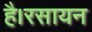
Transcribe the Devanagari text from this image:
है।रसायन